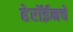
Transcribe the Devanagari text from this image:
हेरॉईनचे